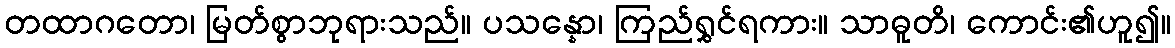
တထာဂတော၊ မြတ်စွာဘုရားသည်။ ပသန္နော၊ ကြည်ရွှင်ရကား။ သာဓူတိ၊ ကောင်း၏ဟူ၍။